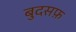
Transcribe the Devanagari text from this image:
बुदसफ़